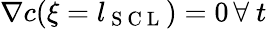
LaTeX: \nabla c(\xi=l_{\mathrm{~S~C~L~}})=0\, \forall\ t